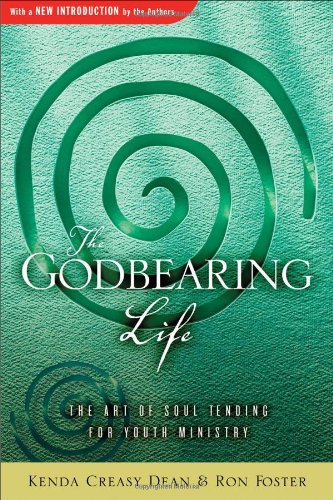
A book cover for The Godbearing Life: The Art of Soul Tending for Youth Ministry; Kenda Creasy Dean; Christian Books & Bibles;